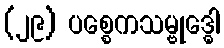
(၂၉) ပစ္စေကသမ္ဗုဒ္ဓေါ